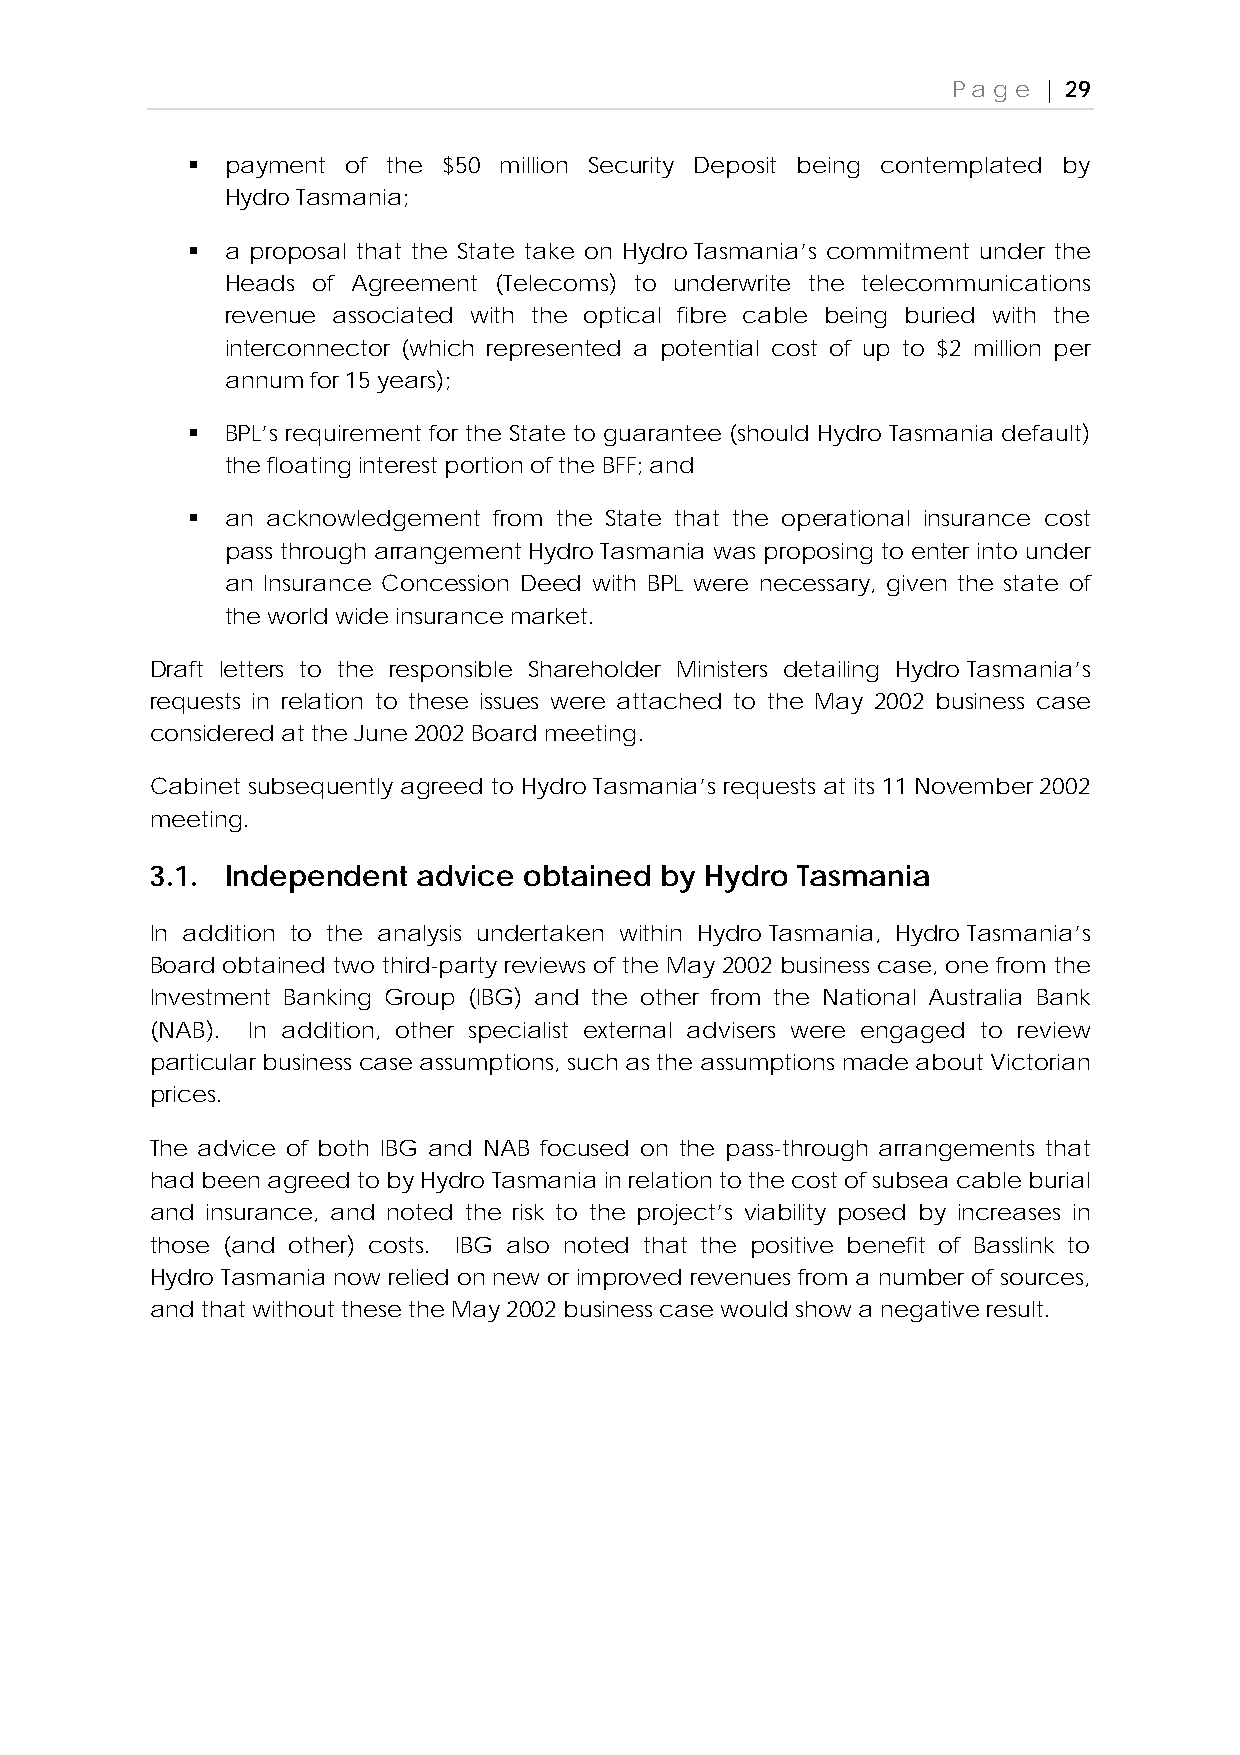
Page  | 29
   payment of the $50 million Security Deposit being contemplated by
 Hydro Tasmania;
   a proposal that the State take on Hydro Tasmania’s commitment under the
 Heads of Agreement (Telecoms) to underwrite the telecommunications
 revenue associated with the optical fibre cable being buried with the
 interconnector (which represented a potential cost of up to $2 million per
 annum for 15 years);
   BPL’s requirement for the State to guarantee (should Hydro Tasmania default)
 the floating interest portion of the BFF; and
   an acknowledgement from the State that the operational insurance cost
 pass through arrangement Hydro Tasmania was proposing to enter into under
 an Insurance Concession Deed with BPL were necessary, given the state of
 the world wide insurance market.
 Draft letters to the responsible Shareholder Ministers detailing Hydro Tasmania’s
 requests in relation to these issues were attached to the May 2002 business case
 considered at the June 2002 Board meeting.
 Cabinet subsequently agreed to Hydro Tasmania’s requests at its 11 November 2002
 meeting.
 3.1. Independent  advice obtained by Hydro Tasmania
 In addition to the analysis undertaken within Hydro Tasmania, Hydro Tasmania’s
 Board obtained two third-party reviews of the May 2002 business case, one from the
 Investment Banking Group (IBG) and the other from the National Australia Bank
 (NAB). In addition, other specialist external advisers were engaged to review
 particular business case assumptions, such as the assumptions made about Victorian
 prices.
 The advice of both IBG and NAB focused on the pass-through arrangements that
 had been agreed to by Hydro Tasmania in relation to the cost of subsea cable burial
 and insurance, and noted the risk to the project’s viability posed by increases in
 those (and other) costs. IBG also noted that the positive benefit of Basslink to
 Hydro Tasmania now relied on new or improved revenues from a number of sources,
 and that without these the May 2002 business case would show a negative result.